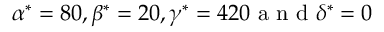
\alpha ^ { * } = 8 0 , \beta ^ { * } = 2 0 , \gamma ^ { * } = 4 2 0 \mathrm { ~ a ~ n ~ d ~ } \delta ^ { * } = 0